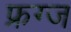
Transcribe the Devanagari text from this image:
फ्रग्ज